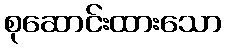
စုဆောင်းထားသော